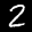
Label: 2